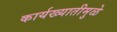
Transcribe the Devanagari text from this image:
कार्यख्यातीमुळे